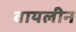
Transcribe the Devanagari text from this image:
वायलीन